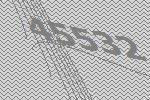
45532